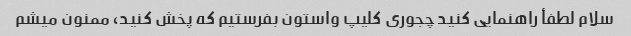
سلام لطفأ راهنمایی کنید چجوری کلیپ واستون بفرستیم که پخش کنید، ممنون میشم